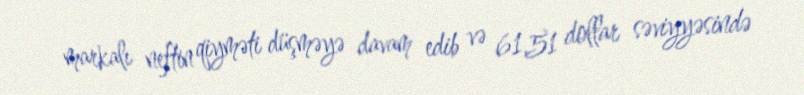
markalı neftin qiyməti düşməyə davam edib və 61,51 dollar səviyyəsində